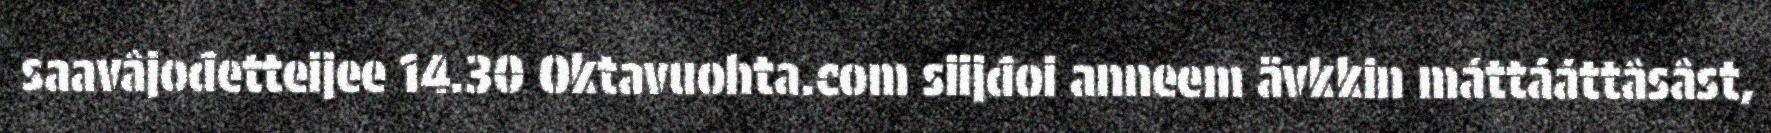
saavâjođetteijee 14.30 Oktavuohta.com siijđoi anneem ävkkin máttááttâsâst,